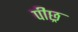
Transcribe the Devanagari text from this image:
पीछ्र